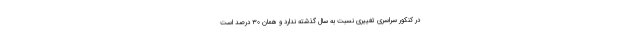
در کنکور سراسری تغییری نسبت به سال گذشته ندارد و همان ۳۰ درصد است